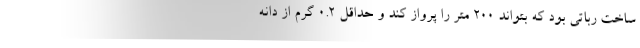
ساخت رباتی بود که بتواند 200 متر را پرواز کند و حداقل 0.2 گرم از دانه